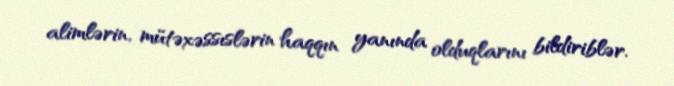
alimlərin, mütəxəssıslərin haqqın yanında olduqlarını bildiriblər.